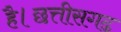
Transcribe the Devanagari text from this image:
है।छत्तीसगढ